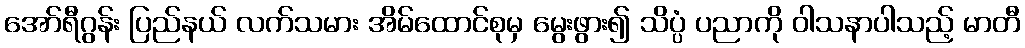
အော်ရီဂွန်း ပြည်နယ် လက်သမား အိမ်ထောင်စုမှ မွေးဖွား၍ သိပ္ပံ ပညာကို ဝါသနာပါသည့် မာတီ